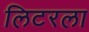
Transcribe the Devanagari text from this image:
लिटरला